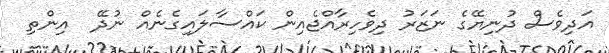
އަދިވެސް ދުނިޔޭގެ ނަޒަރު ދިވެހިރާއްޖެއިން ކައްސާލައިގެނެއް ނުދޭ  އިންތި